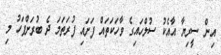
އިން ސީރިޔާ އާއެކު ސުލްހައިގެ ވާހަކަތައް ފަށައި ފުރަތަމަ ދެ ބުރަށްފަހު މި